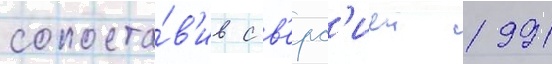
сопоста́в'ив с в'ерс'иеи 1991